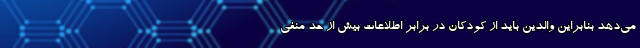
می‌دهد بنابراین والدین باید از کودکان در برابر اطلاعات بیش از حد منفی